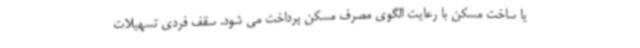
یا ساخت مسکن با رعایت الگوی مصرف مسکن پرداخت می شود. سقف فردی تسهیلات